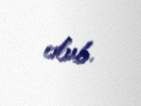
olub.